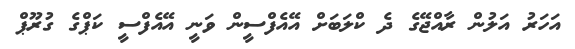
އަހަރު އަލުން ރާއްޖޭގެ ދެ ކްލަބަށް އޭއެފްސީން ވަނީ އޭއެފްސީ ކަޕްގެ ގުރޫޕް